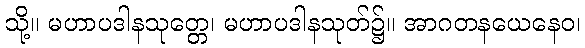
သို့။ မဟာပဒါနသုတ္တေ၊ မဟာပဒါနသုတ်၌။ အာဂတနယေနေဝ၊